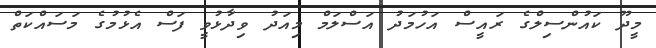
މީދޫ ކައުންސިލްގެ ރައީސް އަހުމަދު އަސްލަމް މިއަދު ވިދާޅުވީ ފަސް އެޅުމުގެ މަސައްކަތް